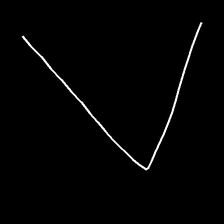
Glyph: region